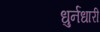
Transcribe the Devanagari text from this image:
धुर्नधारी